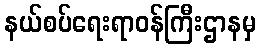
နယ်စပ်ရေးရာဝန်ကြီးဌာနမှ